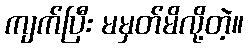
ကျက်ပြီး မမှတ်မိလို့တဲ့။